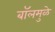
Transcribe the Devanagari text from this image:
बॉलमुळे